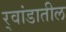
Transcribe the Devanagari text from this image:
र्‍वांडातील